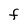
Character: F